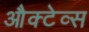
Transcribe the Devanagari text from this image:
औक्टेव्स